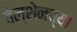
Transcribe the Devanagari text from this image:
बेल्शेनच्या